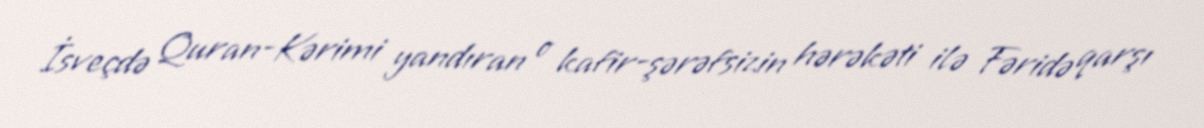
İsveçdə Quran-Kərimi yandıran o kafir-şərəfsizin hərəkəti ilə Fəridə qarşı